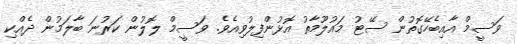
ވަސީމް އާއިބެހޭގޮތުން ސޭޓު މައުލޫމާތު އޮޅުންފިލުވިއެވެ. ވަސީމް ލޮލުން ކަރުނަ ބާލަމުން ދެއްކި